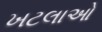
ખટલાઓ